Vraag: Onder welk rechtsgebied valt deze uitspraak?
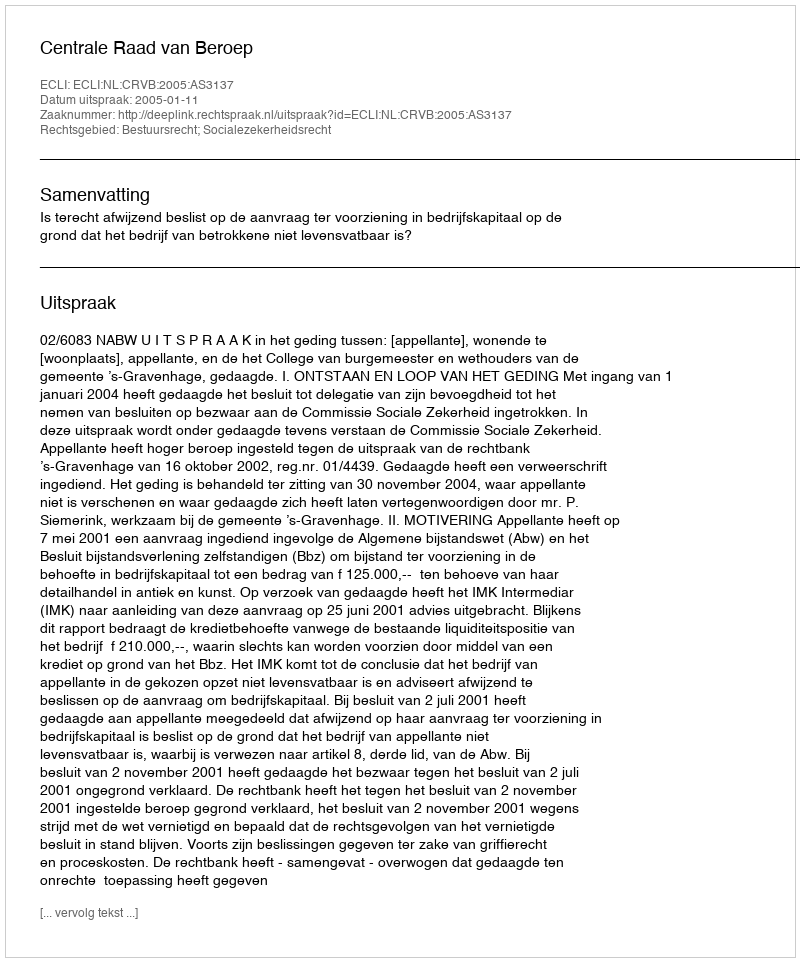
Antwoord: Bestuursrecht; Socialezekerheidsrecht